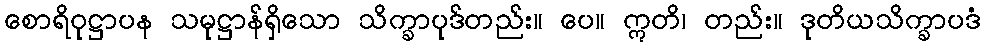
စောရိဝုဋ္ဌာပန သမုဋ္ဌာန်ရှိသော သိက္ခာပုဒ်တည်း။ ပေ။ ဣတိ၊ တည်း။ ဒုတိယသိက္ခာပဒံ